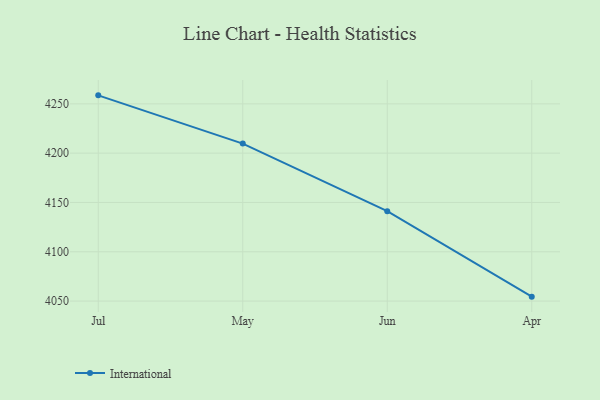
{"axis": {"x": "Month", "y": "Active Users"}, "legend": ["International"], "data": [{"x": "Jul", "y": 4258.6, "type": "International"}, {"x": "May", "y": 4209.7, "type": "International"}, {"x": "Jun", "y": 4141.2, "type": "International"}, {"x": "Apr", "y": 4054.5, "type": "International"}]}